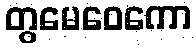
တွမေဝေကော